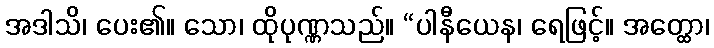
အဒါသိ၊ ပေး၏။ သော၊ ထိုပုဏ္ဏသည်။ “ပါနီယေန၊ ရေဖြင့်။ အတ္ထော၊